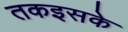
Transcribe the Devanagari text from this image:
तकइसके